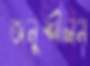
অনুশীলন